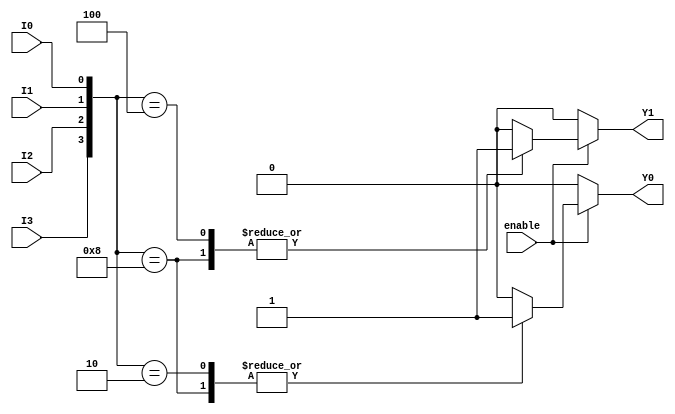
module encoder_4_to_2 (
    input wire I0,  // Input 0 (lowest priority)
    input wire I1,  // Input 1
    input wire I2,  // Input 2
    input wire I3,  // Input 3 (highest priority)
    input wire enable, // Enable signal
    output reg Y0,   // Output 0 (least significant bit)
    output reg Y1    // Output 1 (most significant bit)
);

always @(*) begin
    if (!enable) begin
        // If not enabled, output is defined state (00)
        Y0 = 1'b0;
        Y1 = 1'b0;
    end else begin
        case ({I3, I2, I1, I0})  // Concatenate inputs for prioritization
            4'b1000: begin // I3 active
                Y0 = 1'b1; 
                Y1 = 1'b1; 
            end
            4'b0100: begin // I2 active
                Y0 = 1'b0; 
                Y1 = 1'b1; 
            end
            4'b0010: begin // I1 active
                Y0 = 1'b1; 
                Y1 = 1'b0; 
            end
            4'b0001: begin // I0 active
                Y0 = 1'b0; 
                Y1 = 1'b0; 
            end
            default: begin // No active inputs or multiple inputs (default state)
                Y0 = 1'b0; 
                Y1 = 1'b0; 
            end
        endcase
    end
end

endmodule